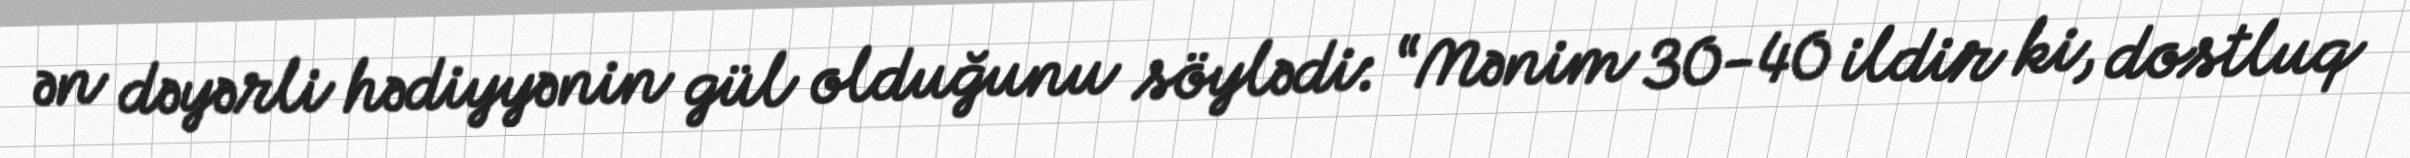
ən dəyərli hədiyyənin gül olduğunu söylədi: “Mənim 30-40 ildir ki, dostluq